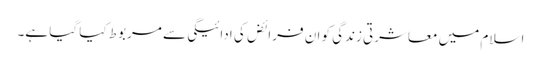
اسلام میں معاشرتی زندگی کو ان فرائض کی ادائیگی سے مربوط کیا گیا ہے۔